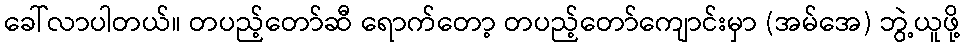
ခေါ်လာပါတယ်။ တပည့်တော်ဆီ ရောက်တော့ တပည့်တော်ကျောင်းမှာ (အမ်အေ) ဘွဲ့ယူဖို့